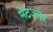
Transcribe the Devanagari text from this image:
मेटज्लेर